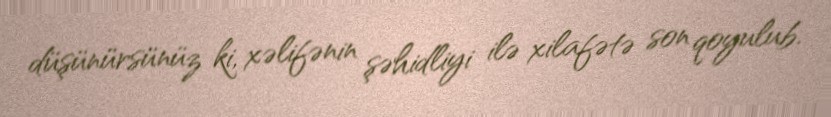
düşünürsünüz ki, xəlifənin şəhidliyi ilə xilafətə son qoyulub.